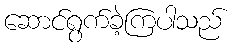
ဆောင်ရွက်ခဲ့ကြပါသည်